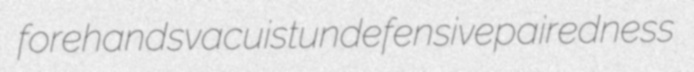
forehands vacuist undefensive pairedness